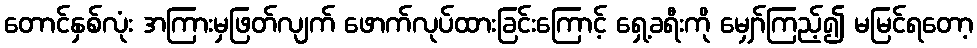
တောင်နှစ်လုံး အကြားမှဖြတ်လျက် ဖောက်လုပ်ထားခြင်းကြောင့် ရှေ့ခရီးကို မျှော်ကြည့်၍ မမြင်ရတော့